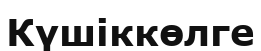
Күшіккөлге